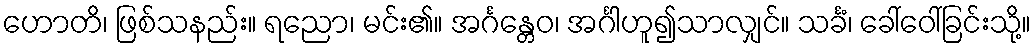
ဟောတိ၊ ဖြစ်သနည်း။ ရညော၊ မင်း၏။ အင်္ဂန္တေဝ၊ အင်္ဂါဟူ၍သာလျှင်။ သင်္ခံ၊ ခေါ်ဝေါ်ခြင်းသို့။